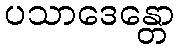
ပသာဒေန္တော